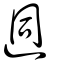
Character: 迵